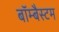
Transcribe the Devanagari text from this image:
बॉम्बैस्टम